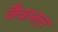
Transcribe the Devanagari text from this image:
जैवानल